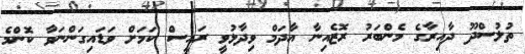
ތުލުސްދޫ ދާއިރާގެ މެންބަރު ރޮޒެއިނާ އާދަމް ވިދާޅުވީ ރައީސް ކަމަށް ވަޑައިގަންނަވާ ކޮންމެ